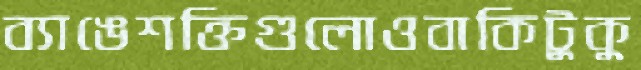
ব্যাঙেশক্তিগুলোওবাকিটুকু